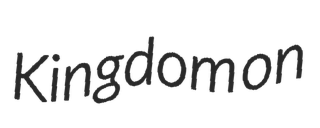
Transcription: Kingdom on